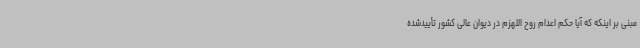
مبنی بر اینکه که آیا حکم اعدام روح اللهزم در دیوان عالی کشور تأییدشده